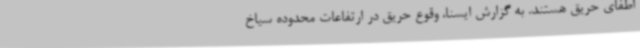
اطفای حریق هستند. به گزارش ایسنا، وقوع حریق در ارتفاعات محدوده سیاخ